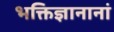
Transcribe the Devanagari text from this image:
भक्तिज्ञानानां